King Institute of Preventive Medicine Micro-Biological Section reports 1909-11
Year: 1909
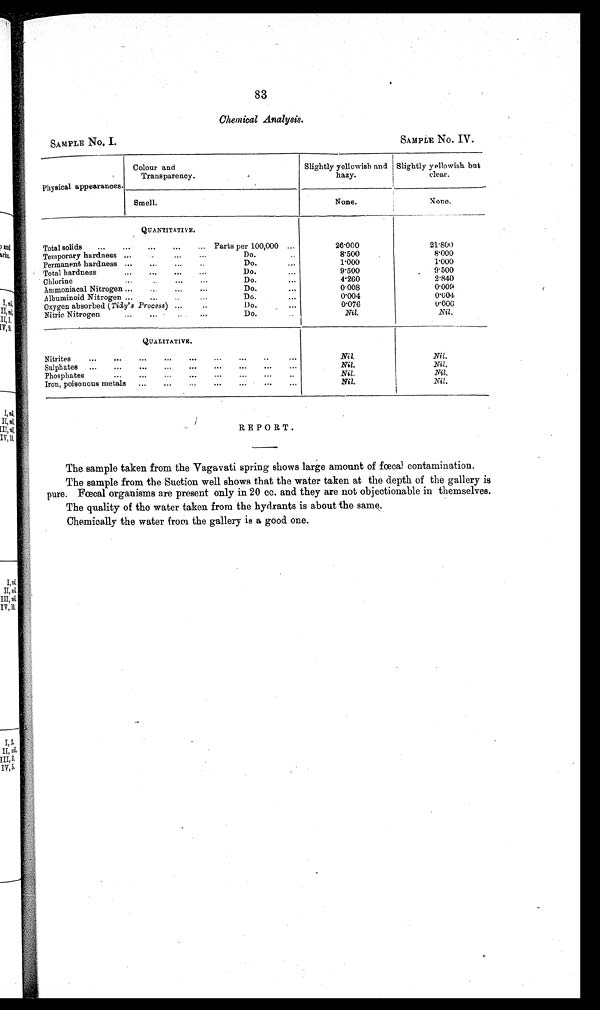
SAMPLE No. I.
SAMPLE No. IV.
83
Chemical Analysis.
Physical appearances.
Colour and
Transparency.
Slightly yellowish and
hazy.
Slightly yellowish but
clear.
Smell.
None.
None.
QUANTITATIVE.
Total solids ...
...
...
...
... Parts per 100,000 ...
26.000
2 1 . 8 0 0
Temporary hardness ...
.
...
...
Do
. .
8.500
8.000
Permanent hardness ...
...
...
Do
..
...
1 . 0 0 0
1.000
Total hardness
...
...
.,.
...
Do.
...
9.500
. 9.500
Chlorine
...
...
Do.
...
4.260
2.840
Ammoniacal Nitrogen ...
...
...
...
Do
...
0 . 0 0 8
0.009
Albuminoid Nitrogen ...
...
...
Do
. . .
0 . 0 0 4
0'004
Oxygen absorbed (Tidy' s Process) ...
..
Do
...
0 . 0 7 6
0 . 0 0 6
Nitric Nitrogen
...
...
...
Do.
Nil.
Nil .
QUALITATIVE.
Nitrites
...
...
...
...
...
...
...
. .
Nil.
Nil.
Sulphates ...
...
...
...
...
...
...
...
...
Nil.
Nil.
Phosphates
...
...
...
...
...
...
...
..
Nil.
Nil,
Iron, poisonous metals ...
...
...
...
...
...
N i l
.
Nil.
REPORT.
The sample taken from the Vagavati spring shows large amount of fœcal contamination.
The sample from the Suction well shows that the water taken at the depth of the gallery is
pure. Fœcal organisms are present only in 20 cc. and they are not objectionable in themselves
The quality of the water taken from the hydrants is about the same.
Chemically the water from the gallery is a good one.